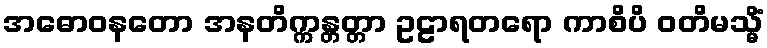
အဓောဝနတော အနတိက္ကန္တတ္တာ ဥဠာရတရော ကာစိပိ ဝတိမသ္မိံ